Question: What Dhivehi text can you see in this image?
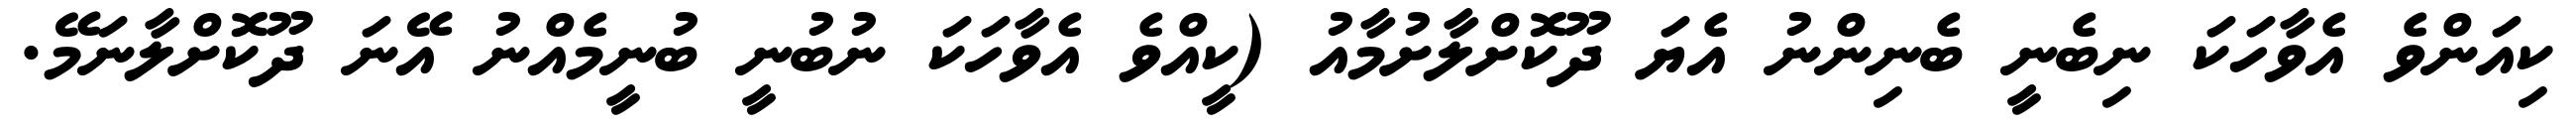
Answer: ކިއަންވެ އެވާހަކަ ނިބެނީ ބެނިންނު އެޔަ ދޫކޮށްލާށުމާއު (ކީއްވެ އެވާހަކަ ނުބުނީ ބުނީމެއްނު އޭނަ ދޫކޮށްލާނަމޭ.